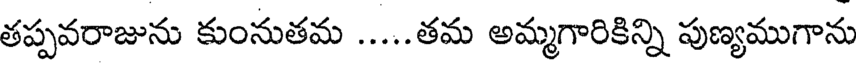
తప్పవరాజును కుంనుతమ .....తమ అమ్మగారికిన్ని పుణ్యముగాను